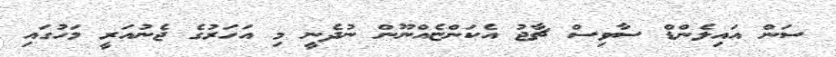
ސަން އައިލެންޑް ސާވިސް ޗާޖު އެކަންޏެއްނޫން ނުދެނީ މި އަހަރުގެ ޖެނުއަރީ މަހުގައި